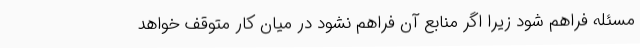
مسئله فراهم‌ شود زیرا اگر منابع آن فراهم نشود در میان کار متوقف خواهد